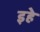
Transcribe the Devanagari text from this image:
इहे